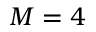
M = 4